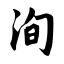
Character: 洵